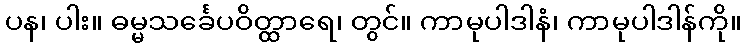
ပန၊ ပါး။ ဓမ္မသင်္ခေပဝိတ္ထာရေ၊ တွင်။ ကာမုပါဒါနံ၊ ကာမုပါဒါန်ကို။